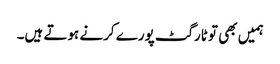
ہمیں بھی تو ٹارگٹ پورے کرنے ہوتے ہیں۔